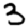
Digit: 3